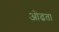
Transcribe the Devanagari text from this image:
ओढता